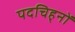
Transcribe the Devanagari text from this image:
पदचिह्‌नों